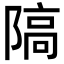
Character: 䧚